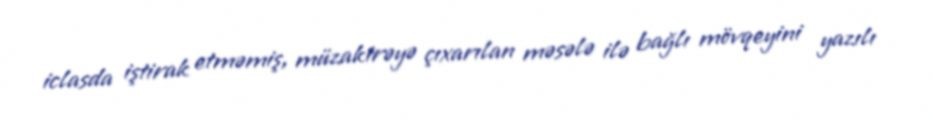
iclasda iştirak etməmiş, müzakirəyə çıxarılan məsələ ilə bağlı mövqeyini yazılı